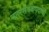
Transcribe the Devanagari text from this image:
नगरसेवकपदाची